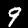
Label: 9